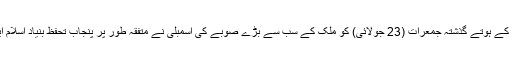
اسی مسلسل خدشے کے ہوتے گذشتہ جمعرات (23 جولائی) کو ملک کے سب سے بڑے صوبے کی اسمبلی نے متفقہ طور پر پنجاب تحفظ بنیادِ اسلام ایکٹ منظور کر لیا۔